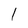
Character: 1